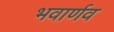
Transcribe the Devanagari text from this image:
भवार्णव